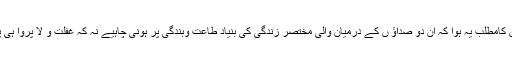
اس کامطلب یہ ہوا کہ ان دو صداؤ ں کے درمیان والی مختصر زندگی کی بنیاد طاعت وبندگی پر ہونی چاہیے نہ کہ غفلت و لا پروا ہی پر۔